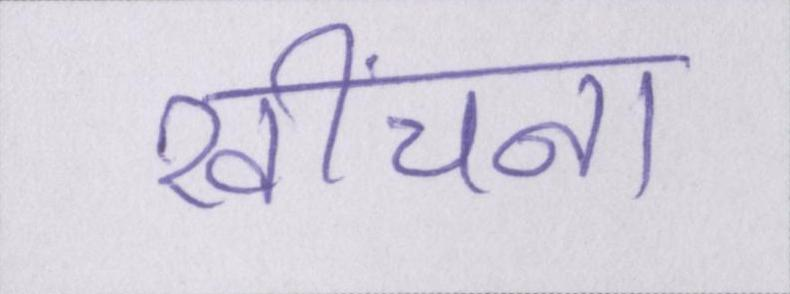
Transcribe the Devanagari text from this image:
खींचना